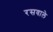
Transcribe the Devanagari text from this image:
रसवाले